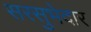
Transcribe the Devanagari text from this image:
सरसुभेदार